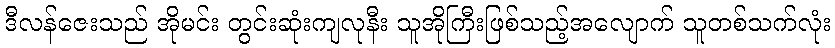
ဒီလန်ဇေးသည် အိုမင်း တွင်းဆုံးကျလုနီး သူအိုကြီးဖြစ်သည့်အလျောက် သူတစ်သက်လုံး